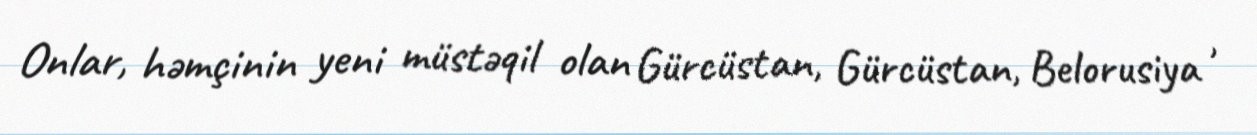
Onlar, həmçinin yeni müstəqil olan Gürcüstan, Gürcüstan, Belorusiya ,